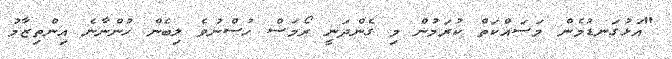
"އަޅުގަނޑުމެން މަސައްކަތް ކުރަމުން މި ގެންދަނީ ރޯމަސް ހުސްނުވެ ލިބެން ހުންނާނެ އިންތިޒާމު